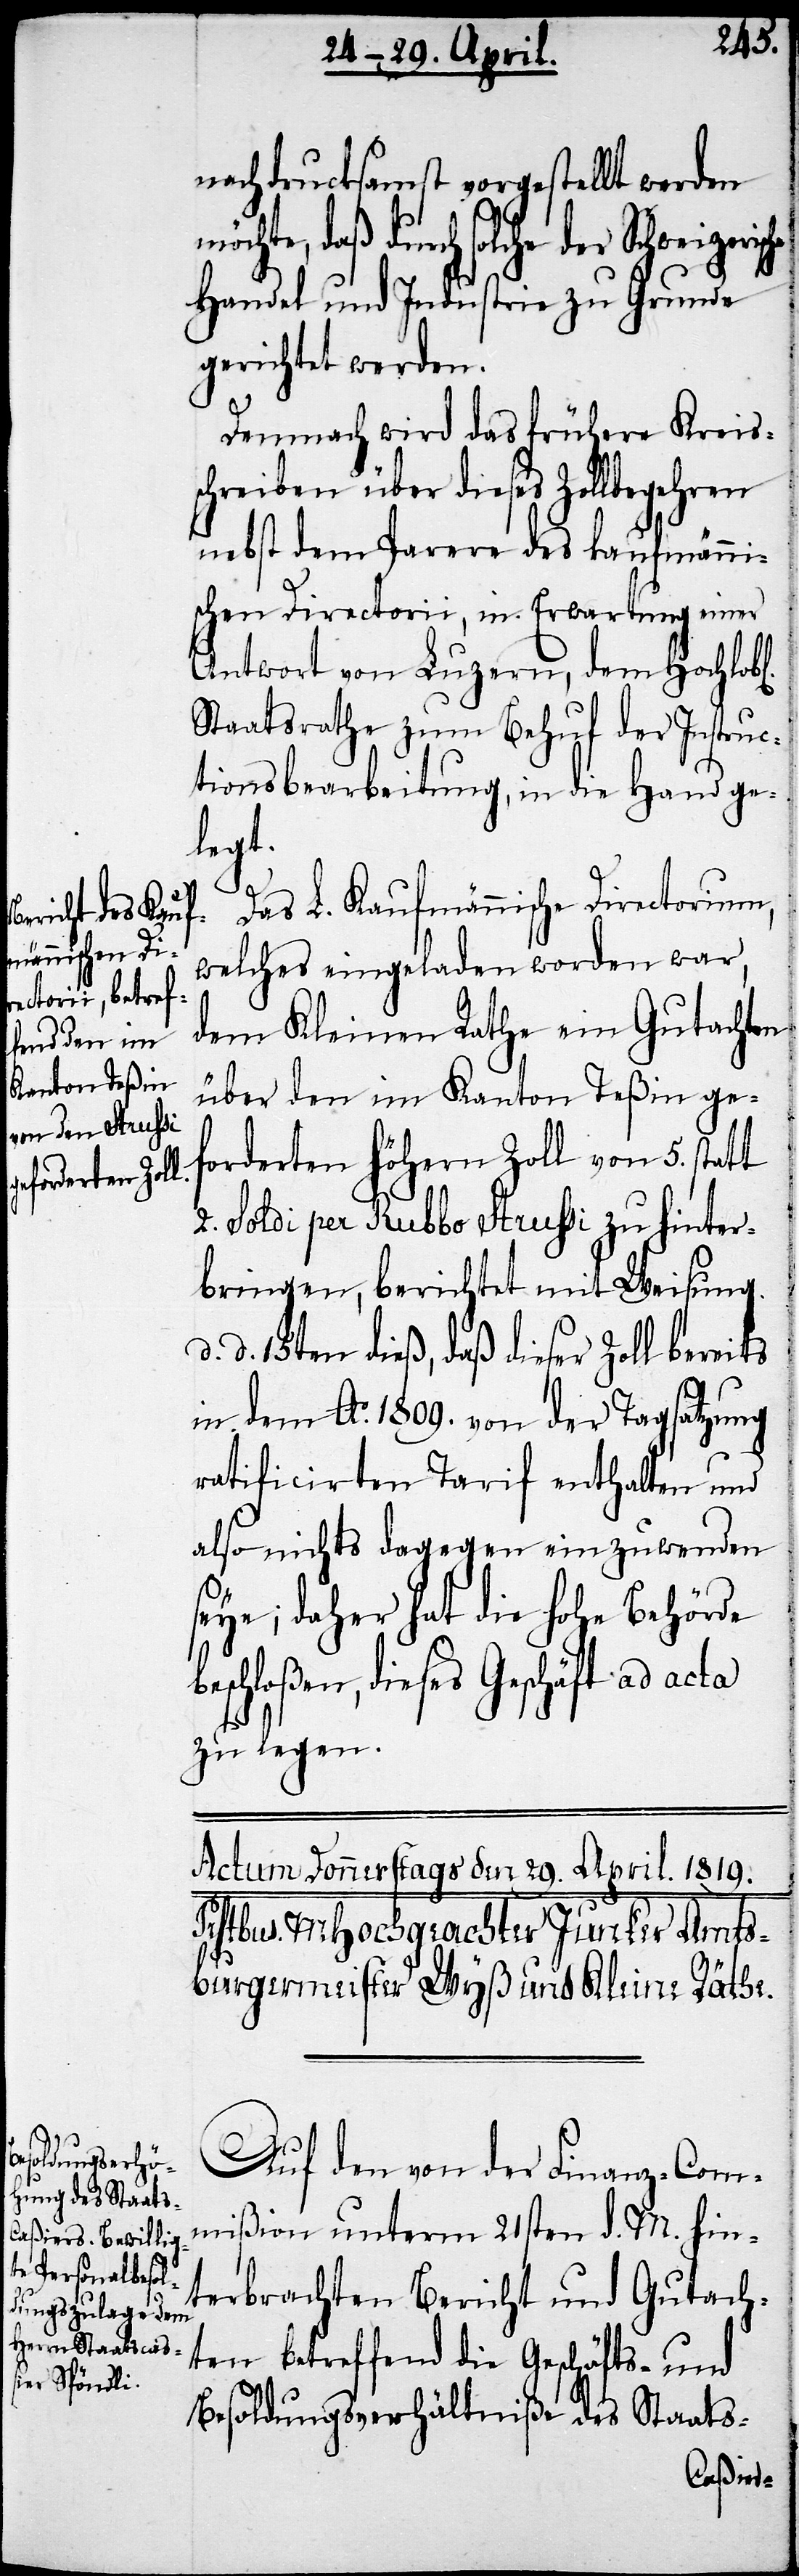
nachdrucksamst vorgestellt werden
möchte, daß durch solche der
Handel und Industrie zu Grunde
gerichtet werden.
Demnach wird das frühere Kreis¬
schreiben über dieses Zollbegehren
nebst dem Parere des kaufmänni¬
schen Directorii, in Erwartung einer
Antwort von Luzern, dem Hochlo¬
Staatsrathe zum Behuf der Instruc¬
tionsbearbeitung, in die Hand ge¬
legt.
Das L. Kaufmännische Directiorium,
welches eingeladen worden war,
dem Kleinen Rathe ein Gutachten
über den im Kanton Teßin ge¬
forderten höhern Zoll von 5. statt
2. Soldi per Rubbo Struhsi zu hinter¬
bringen, berichtet mit Weisung
d. 15ten dieß, daß dieser Zoll bereits
in dem Ao. 1809. von der Tagsatzung
ratificirten Tarif enthalten und
also nichts dagegen einzuwenden
seye; daher hat die hohe Behörde
beschloßen, dieses Geschäft ad acta
zu legen.
b[lichen]
Auf den von der Finanz-Com¬
mißion unterm 21sten d. M. hint¬
erbrachten Bericht und Gutach¬
ten betreffend die Geschäfts- und
Besoldungsverhältniße des Staats-